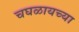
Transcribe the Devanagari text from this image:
चघळायच्या